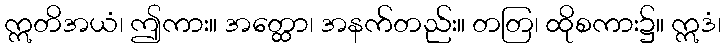
ဣတိအယံ၊ ဤကား။ အတ္ထော၊ အနက်တည်း။ တတြ၊ ထိုစကား၌။ ဣဒံ၊